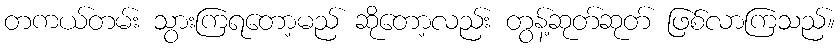
တကယ်တမ်း သွားကြရတော့မည် ဆိုတော့လည်း တွန့်ဆုတ်ဆုတ် ဖြစ်လာကြသည်။